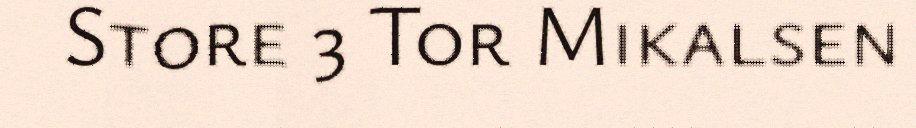
Store 3 Tor Mikalsen